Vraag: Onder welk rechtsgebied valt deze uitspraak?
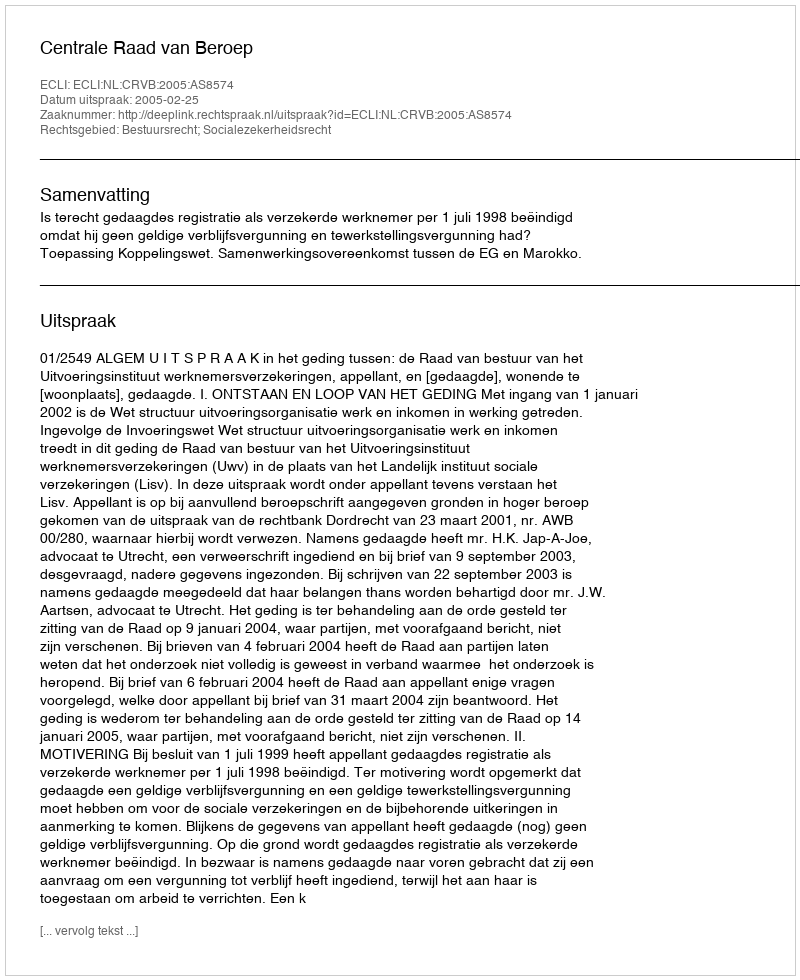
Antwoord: Bestuursrecht; Socialezekerheidsrecht